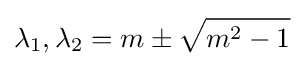
\lambda _{1},\lambda _{2}=m\pm {\sqrt {m^{2}-1}}